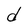
Character: d